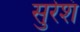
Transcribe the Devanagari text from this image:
सुरेशं